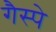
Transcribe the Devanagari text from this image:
गैस्पे